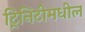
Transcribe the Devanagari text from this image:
ट्रिनिटीमधील